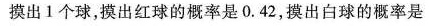
摸出1个球，摸出红球的概率是0.42，摸出白球的概率是